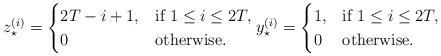
LaTeX: \begin{align*}z_\star^{(i)} = \begin{cases} 2T - i + 1, & \textnormal{if } 1 \leq i \leq 2T, \\ 0 & \textnormal{otherwise}. \end{cases} y_\star^{(i)} = \begin{cases} 1, & \textnormal{if } 1 \leq i \leq 2T, \\ 0 & \textnormal{otherwise}. \end{cases}\end{align*}